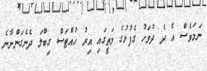
ނަމަވެސް އެ ދެ ދުވަހު ގެފުޅުގެ މަތީގައި އިރު ހުއްޓަސް ގިބްލަ ދެނެގަންނާނެ